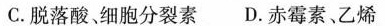
C. 脱落酸、细胞分裂素 D. 赤霉素、乙烯